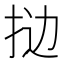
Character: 𫼯